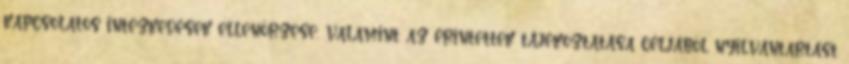
kapcsolatos intézkedések ellenőrzése, valamint az érintettek tájékoztatása céljából nyilvántartást